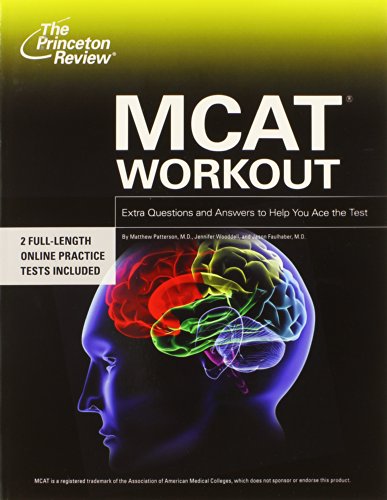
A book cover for MCAT Workout; Princeton Review; Test Preparation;